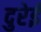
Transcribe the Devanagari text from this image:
दुरेई